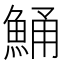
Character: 鯒